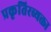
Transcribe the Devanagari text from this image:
प्रकृतिरव्यक्ता